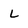
Character: L